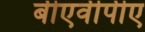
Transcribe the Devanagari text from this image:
बीएवीपीए